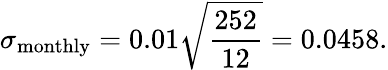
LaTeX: \sigma_{\mathrm{monthly}}=0.01{\sqrt{\frac{252}{12}}}=0.0458.